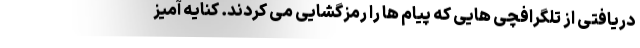
دریافتی از تلگرافچی هایی که پیام ها را رمزگشایی می کردند. کنایه آمیز